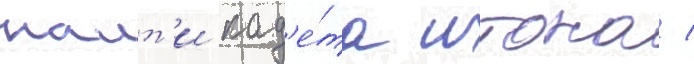
наит'и кад'е́та итона /